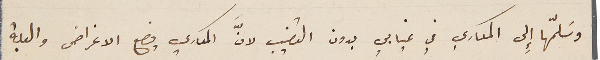
وسَلمّها إِلى المكاري في غيابي بدون القضيب لانَّ المكاري يضع الاغراض والعلبة